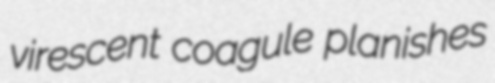
virescent coagule planishes